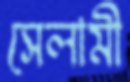
সেলামী